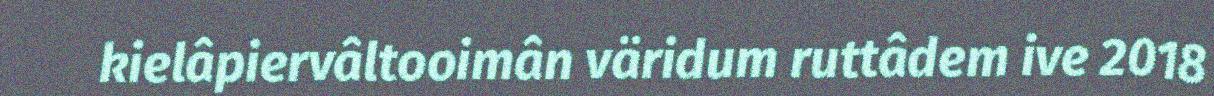
kielâpiervâltooimân väridum ruttâdem ive 2018